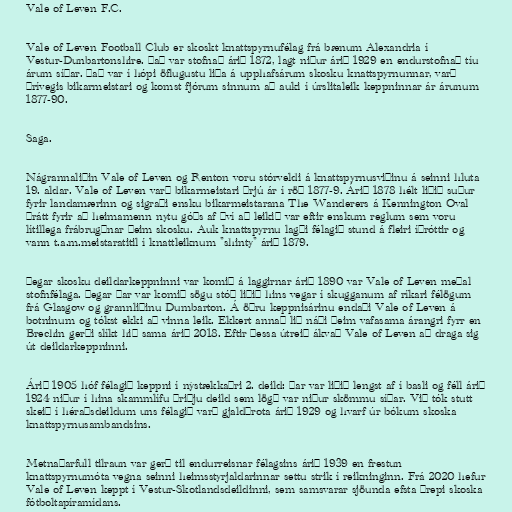
Vale of Leven F.C.

Vale of Leven Football Club er skoskt knattspyrnufélag frá bænum Alexandria í
Vestur-Dunbartonshire. Það var stofnað árið 1872, lagt niður árið 1929 en endurstofnað tíu
árum síðar. Það var í hópi öflugustu liða á upphafsárum skosku knattspyrnunnar, varð
þrívegis bikarmeistari og komst fjórum sinnum að auki í úrslitaleik keppninnar ár árunum
1877-90.

Saga.

Nágrannaliðin Vale of Leven og Renton voru stórveldi á knattspyrnusviðinu á seinni hluta
19. aldar. Vale of Leven varð bikarmeistari þrjú ár í röð 1877-9. Árið 1878 hélt liðið suður
fyrir landamærinn og sigraði ensku bikarmeistarana The Wanderers á Kennington Oval
þrátt fyrir að heimamenn nytu góðs af því að leikið var eftir enskum reglum sem voru
lítillega frábrugðnar þeim skosku. Auk knattspyrnu lagði félagið stund á fleiri íþróttir og
vann t.a.m.meistaratitil í knattleiknum "shinty" árið 1879.

Þegar skosku deildarkeppninni var komið á laggirnar árið 1890 var Vale of Leven meðal
stofnfélaga. Þegar þar var komið sögu stóð liðið hins vegar í skugganum af ríkari félögum
frá Glasgow og grannliðinu Dumbarton. Á öðru keppnisárinu endaði Vale of Leven á
botninum og tókst ekki að vinna leik. Ekkert annað lið náði þeim vafasama árangri fyrr en
Brechin gerði slíkt hið sama árið 2018. Eftir þessa útreið ákvað Vale of Leven að draga sig
út deildarkeppninni.

Árið 1905 hóf félagið keppni í nýstækkaðri 2. deild: Þar var liðið lengst af í basli og féll árið
1924 niður í hina skammlífu þriðju deild sem lögð var niður skömmu síðar. Við tók stutt
skeið í héraðsdeildum uns félagið varð gjaldþrota árið 1929 og hvarf úr bókum skoska
knattspyrnusambandsins.

Metnaðarfull tilraun var gerð til endurreisnar félagsins árið 1939 en frestun
knattspyrnumóta vegna seinni heimsstyrjaldarinnar settu strik í reikninginn. Frá 2020 hefur
Vale of Leven keppt í Vestur-Skotlandsdeildinni, sem samsvarar sjöunda efsta þrepi skoska
fótboltapíramídans.